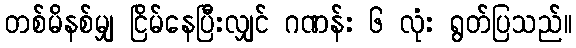
တစ်မိနစ်မျှ ငြိမ်နေပြီးလျှင် ဂဏန်း ၆ လုံး ရွတ်ပြသည်။